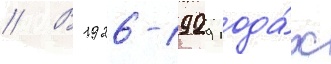
// В 1926-1929 года́х